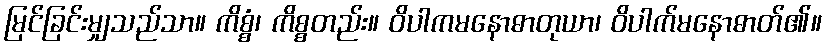
မြင်ခြင်းမျှသည်သာ။ ကိစ္စံ၊ ကိစ္စတည်း။ ဝိပါကမနောဓာတုယာ၊ ဝိပါက်မနောဓာတ်၏။